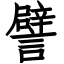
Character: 譬